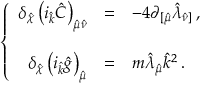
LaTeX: \left\{ \begin{array} { r c l } { { \delta _ { \hat { \chi } } \left( i _ { \hat { k } } \hat { C } \right) _ { \hat { \mu } \hat { \nu } } } } & { { = } } & { { - 4 \partial _ { [ \hat { \mu } } \hat { \lambda } _ { \hat { \nu } ] } \, , } } \\ { { } } & { { } } & { { } } \\ { { \delta _ { \hat { \chi } } \left( i _ { \hat { k } } \hat { g } \right) _ { \hat { \mu } } } } & { { = } } & { { m \hat { \lambda } _ { \hat { \mu } } \hat { k } ^ { 2 } \, . } } \end{array} \right.